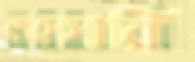
নেসেসারি